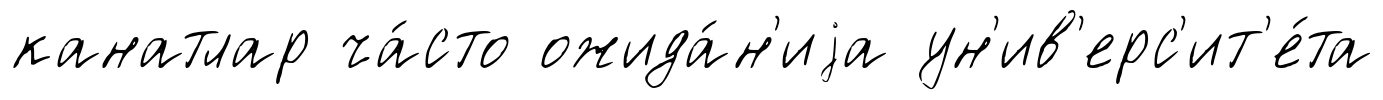
канатлар ча́сто ожида́н'иjа ун'ив'ерс'ит'е́та